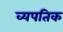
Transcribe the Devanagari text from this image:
व्यपतिक